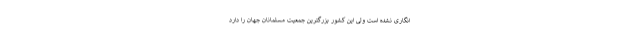
انگاری نشده است ولی این کشور بزرگترین جمعیت مسلمانان جهان را دارد